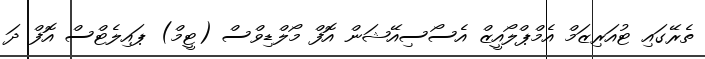
ތެރޭގައި ޓުއަރިޒަމް އެމްޕްލޯއީޒް އެސޯސިއޭޝަން އޮފް މޯލްޑިވްސް (ޓީމް) ޕައިލެޓްސް އޮފް ދަ